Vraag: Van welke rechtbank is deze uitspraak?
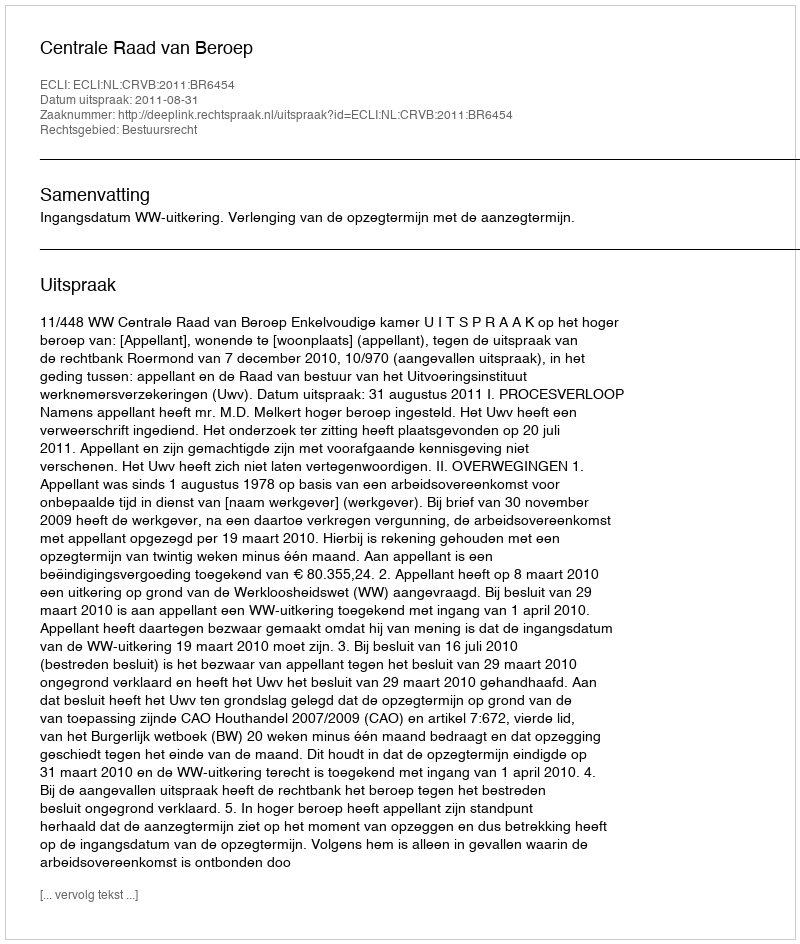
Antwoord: Centrale Raad van Beroep